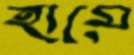
হামে